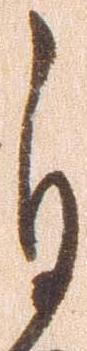
自